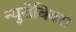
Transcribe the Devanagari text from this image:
न्युरोबिक्स